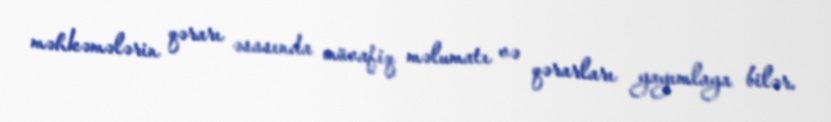
məhkəmələrin qərarı əsasında müvafiq məlumatı və qərarları yayımlaya bilər.